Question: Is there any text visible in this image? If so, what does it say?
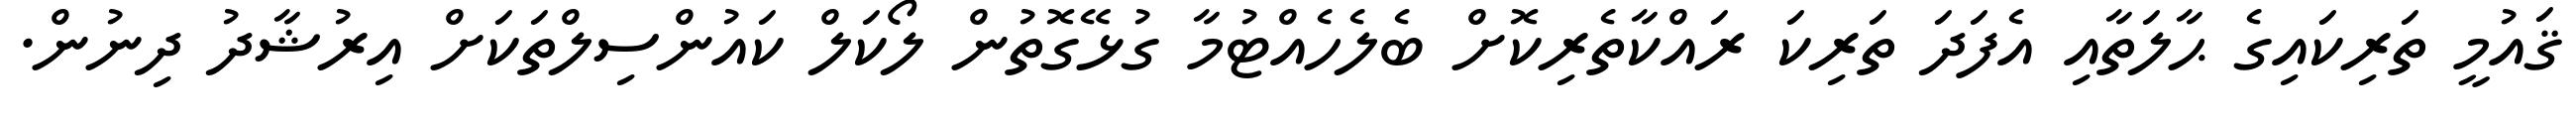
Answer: ޤައުމީ ތަރިކައިގެ ޙާލަތާއި އެފަދަ ތަރިކަ ރައްކާތެރިކޮށް ބެލެހެއްޓުމާ ގުޅޭގޮތުން ލޯކަލް ކައުންސިލްތަކަށް އިރުޝާދު ދިނުން.